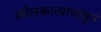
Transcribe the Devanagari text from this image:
कोलकात्यापासून